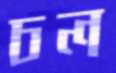
চল